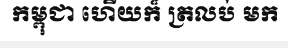
កម្ពុជា ហើយក៏ ត្រលប់ មក